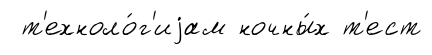
т'ехноло́г'иjам ночны́х т'ест